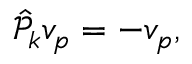
\begin{array} { r } { \hat { \mathcal P } _ { k } v _ { p } = - v _ { p } , } \end{array}